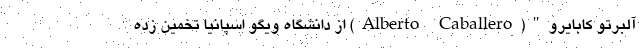
آلبرتو کابایرو"(Alberto Caballero) از دانشگاه ویگو اسپانیا تخمین زده